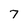
Character: 7